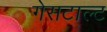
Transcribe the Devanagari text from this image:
गेसटाल्ट